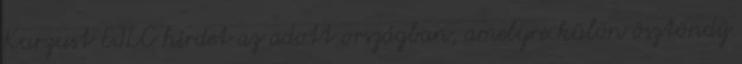
Kurzust EILC hirdet az adott országban, amelyre külön ösztöndíj